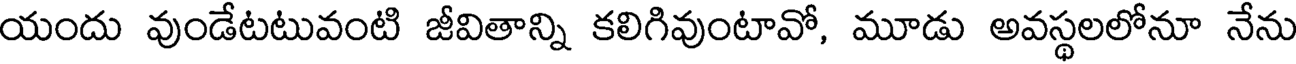
యందు వుండేటటువంటి జీవితాన్ని కలిగివుంటావో, మూడు అవస్థలలోనూ నేను